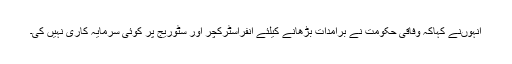
انہوںنے کہاکہ وفاقی حکومت نے برآمدات بڑھانے کیلئے انفراسٹرکچر اور سٹوریج پر کوئی سرمایہ کاری نہیں کی۔